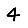
Digit: 4